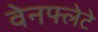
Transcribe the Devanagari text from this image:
वेनफ्लेटे